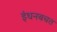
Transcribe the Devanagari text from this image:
इंधनबचत